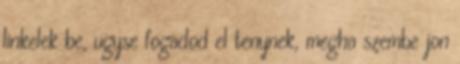
linkelek be, ugyse fogadod el tenynek, megha szembe jon